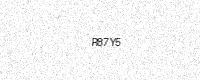
Text: R87Y5